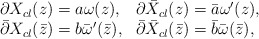
\begin{align*}\begin{array}{ll}\partial X_{cl}(z)= a\omega(z), & \partial \bar{X}_{cl}(z)=\bar{a}\omega'(z), \\\bar{\partial} X_{cl}(\bar{z})= b\bar{\omega}'(\bar{z}), & \bar{\partial} \bar{X}_{cl}(\bar{z})=\bar{b}\bar{\omega}(\bar{z}),\end{array}\end{align*}